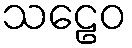
သဠေဝ